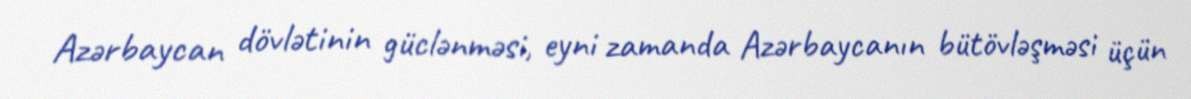
Azərbaycan dövlətinin güclənməsi, eyni zamanda Azərbaycanın bütövləşməsi üçün